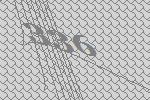
336